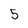
Character: 5